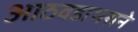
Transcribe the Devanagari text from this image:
आठवडाभराने